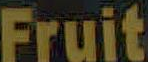
Fruit